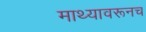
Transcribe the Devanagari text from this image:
माथ्यावरूनच